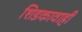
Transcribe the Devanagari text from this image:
शिडकावाही